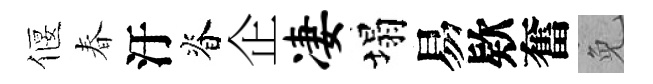
偃春汙脊企凄塌易欵奮免